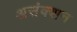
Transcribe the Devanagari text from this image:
असंक्शन